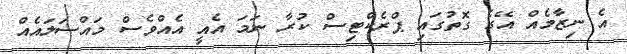
އެ ނިޒާމެއް އޭގެ ގޮތުގައި ޕްރެކްޓިސް ކުރާ ނަމަ އެއީ އެއްވެސް މައްސަލައެއް